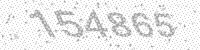
Solution: 154865